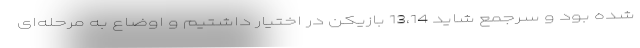
شده بود و سرجمع شاید 13،14 بازیکن در اختیار داشتیم و اوضاع به مرحله‌ای